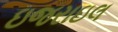
ઇજરાઇલ